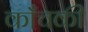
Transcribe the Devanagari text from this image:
काँचकी